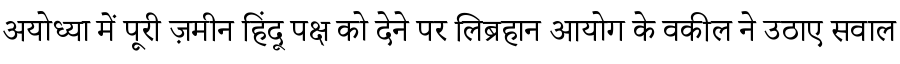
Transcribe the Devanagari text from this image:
अयोध्या में पूरी ज़मीन हिंदू पक्ष को देने पर लिब्रहान आयोग के वकील ने उठाए सवाल